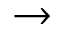
\rightarrow